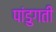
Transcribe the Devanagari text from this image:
पांडुगती